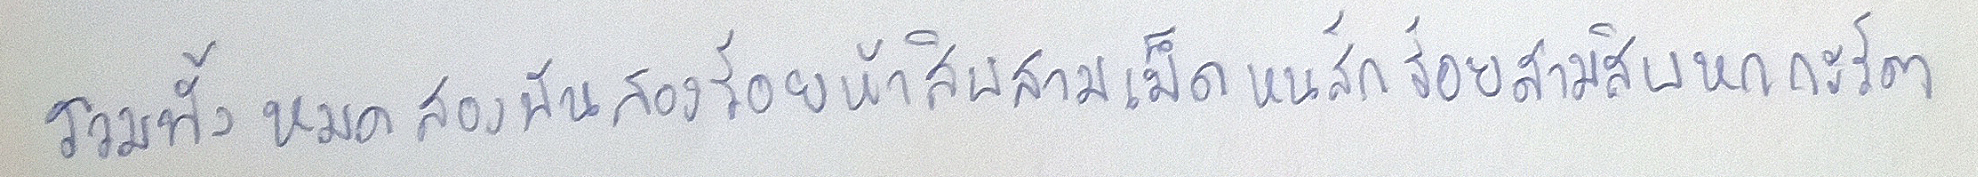
รวมทั้งหมดพันสองร้อยห้าสิบสามเม็ดหนสักร้อยสามสิบหกกะรัต